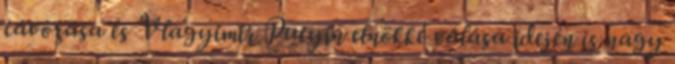
távozása és Vlagyimir Putyin elnökké válása idején is nagy